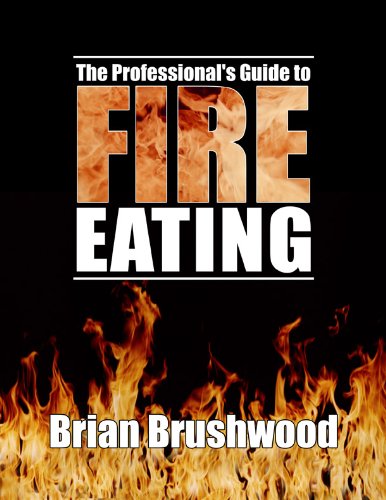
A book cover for The Professional's Guide to Fire Eating; Brian Brushwood; Sports & Outdoors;